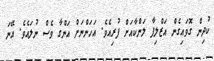
ކުދިން ގޮވައިގެން އަޒްލިފާ ލަންކާއަށް ފުރިއެވެ. އަހަންނަށް އަންގާ ވެސް ނުލައެވެ. އޭނަ